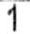
1